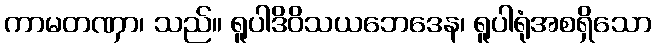
ကာမတဏှာ၊ သည်။ ရူပါဒိဝိသယဘေဒေန၊ ရူပါရုံအစရှိသော